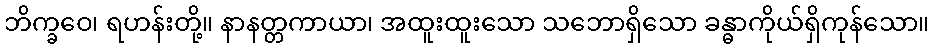
ဘိက္ခဝေ၊ ရဟန်းတို့။ နာနတ္တကာယာ၊ အထူးထူးသော သဘောရှိသော ခန္ဓာကိုယ်ရှိကုန်သော။